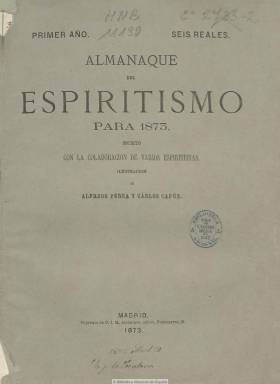
Título: Almanaque del espiritismo
Colección: Almanaques || Espiritismo
Ámbito geográfico: Madrid
Lugar de publicación: Madrid
Fechas: 01/01/1873-31/12/1875

Publicación anual editada por la Sociedad Espiritista Española, ilustrada y con textos, entre otros, de Antonio Jacinto de Gassó, Prudencio Martínez, José Fariñas, Arnaldo Matros, Anastasio García López, Joaquín de Huelbes Temprado, Manuel Navarro Murillo, Antonio Hurtado, Manuel Corchado y J. Navarrete. Comienza con un juicio del año, escrito en verso, y le sigue un calendario en el que se señalan las cualidades espiritistas de algunos santos canonizados por la Iglesia Católica, crónicas de centros espiritistas de provincias, artículos doctrinales, de divulgación y ‘medianímicos’ de la filosofía fundada por el francés Allan Kardec (1804.1869), así como biografías de destacados espiritistas españoles y extranjeros, acompañadas de retratos, obra de los grabadores Tomás Carlos Capuz Alonso (1834-1899) y Alfredo Perea y Rojas (1839-1895). También incluye una lista de bibliografía de la Sociedad Espiritista Española y otra de obras en contra del espiritismo. La colección está integrada por los anuarios de 1873, 1874 y 1875.